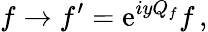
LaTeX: f\rightarrow{f}^{\prime}=\mathrm{e}^{iyQ_{f}}f\, ,